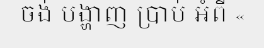
ចង់ បង្ហាញ ប្រាប់ អំពី «